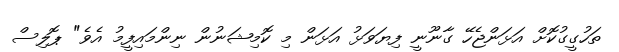
ތަހުގީގުކޮށް އަޅަންޖެހޭ ގާނޫނީ ފިޔަވަޅު އަޅަން މި ކޮމިޝަނުން ނިންމައިފީމު އެވެ" ޕޮލިސް